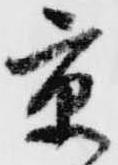
京